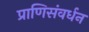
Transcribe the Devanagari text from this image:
प्राणिसंवर्धन